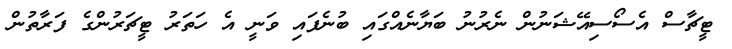
ޓީޗާސް އެސޯސިއޭޝަނުން ނެރުނު ބަޔާނެއްގައި ބުނެފައި ވަނީ އެ ހަތަރު ޓީޗަރުންގެ ފަރާތުން